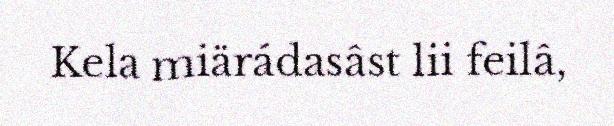
Kela miärádasâst lii feilâ,